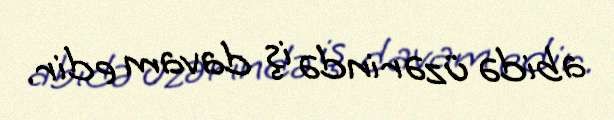
abidə üzərində iş davam edir.